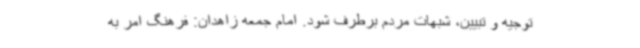
توجیه و تبیین، شبهات مردم برطرف شود. امام جمعه زاهدان: فرهنگ امر به